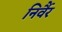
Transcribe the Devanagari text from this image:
निर्वैर